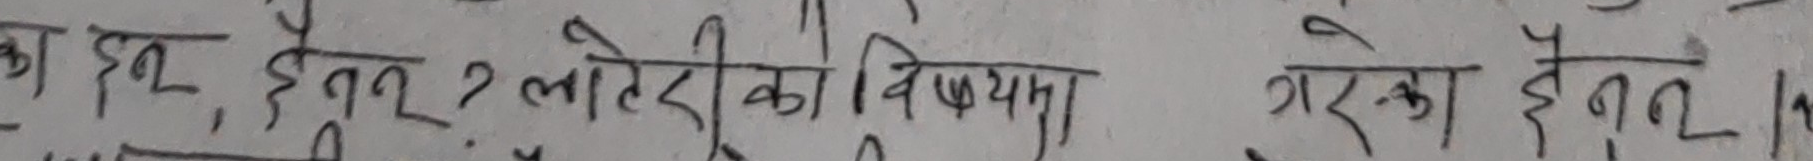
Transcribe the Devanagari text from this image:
का इन, हैतुल ? लातेरी का विषयमा गरका हैतल।